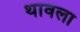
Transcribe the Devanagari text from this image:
थावला